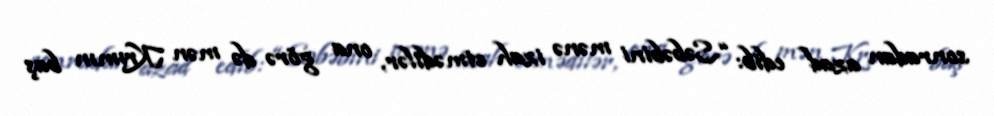
sonradan azad edib: “Səbəbini mənə izah etmədilər, ona görə də mən Krımın baş